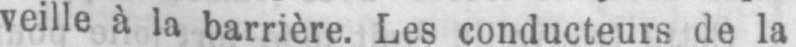
veille à la barrière. Les conducteurs de la